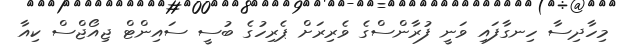
މިހާދިސާ ހިނގާފައި ވަނީ ފުރާންސްގެ ވެރިރަށް ޕެރިހުގެ ބުސީ ސައިންޓް ޖިއޯޖްސް ކިއާ